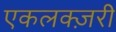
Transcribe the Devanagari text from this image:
एकलक्ज़री